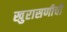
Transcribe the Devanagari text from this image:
खुरासणीची